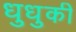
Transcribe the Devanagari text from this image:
धुधुकी